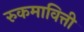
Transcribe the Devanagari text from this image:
रुकमावित्ती